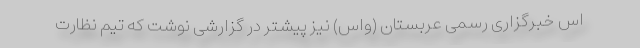
اس خبرگزاری رسمی عربستان (واس) نیز پیشتر در گزارشی نوشت که تیم نظارت